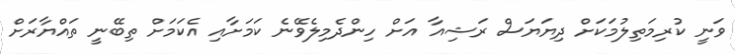
ވަނީ ކުރިމަތިލުމަކަށް ދިޔަޔަސް ރަޝިއާ އަށް ހިންދެމިލެވޭނެ ކަމަށާއި އެކަމަށް ތިބޭނީ ތައްޔާރަށް